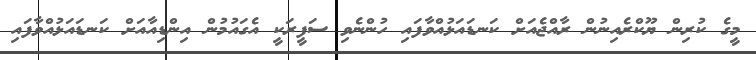
މީގެ ކުރިން ޔޫކްރެއިނުން ރާއްޖެއަށް ކަނޑައަޅުއްވާފައި ހުންނެވި ސަފީރަކީ އެގައުމުން އިންޑިއާއަށް ކަނޑައަޅުއްވާފައި